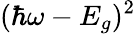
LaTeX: (\hbar\omega-E_{g})^{2}